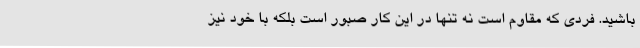
باشید. فردی که مقاوم است نه تنها در این کار صبور است بلکه با خود نیز